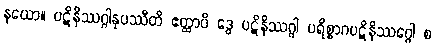
နယော။ ပဋိနိဿဂ္ဂါနုပဿီတိ ဧတ္ထာပိ ဒွေ ပဋိနိဿဂ္ဂါ ပရိစ္စာဂပဋိနိဿဂ္ဂေါ စ